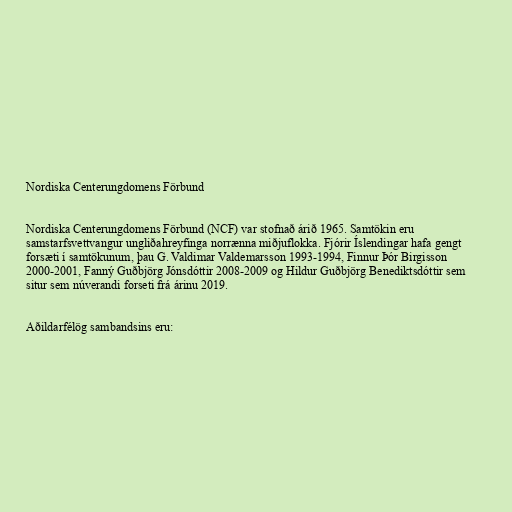
Nordiska Centerungdomens Förbund

Nordiska Centerungdomens Förbund (NCF) var stofnað árið 1965. Samtökin eru
samstarfsvettvangur ungliðahreyfinga norrænna miðjuflokka. Fjórir Íslendingar hafa gengt
forsæti í samtökunum, þau G. Valdimar Valdemarsson 1993-1994, Finnur Þór Birgisson
2000-2001, Fanný Guðbjörg Jónsdóttir 2008-2009 og Hildur Guðbjörg Benediktsdóttir sem
situr sem núverandi forseti frá árinu 2019.

Aðildarfélög sambandsins eru: